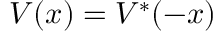
V ( x ) = V ^ { * } ( - x )